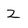
Character: z